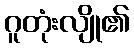
ဂူတုံးလျို၏